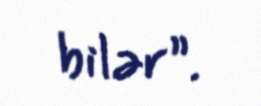
bilər”.